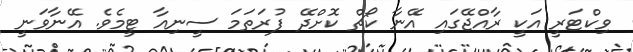
ވިކްޓަރީ އަކީ ރާއްޖޭގައި އޭނާ ކޯޗް ކޮށްދޭ ފުރަތަމަ ސީނިއާ ޓީމެވެ. އޭނާވަނީ